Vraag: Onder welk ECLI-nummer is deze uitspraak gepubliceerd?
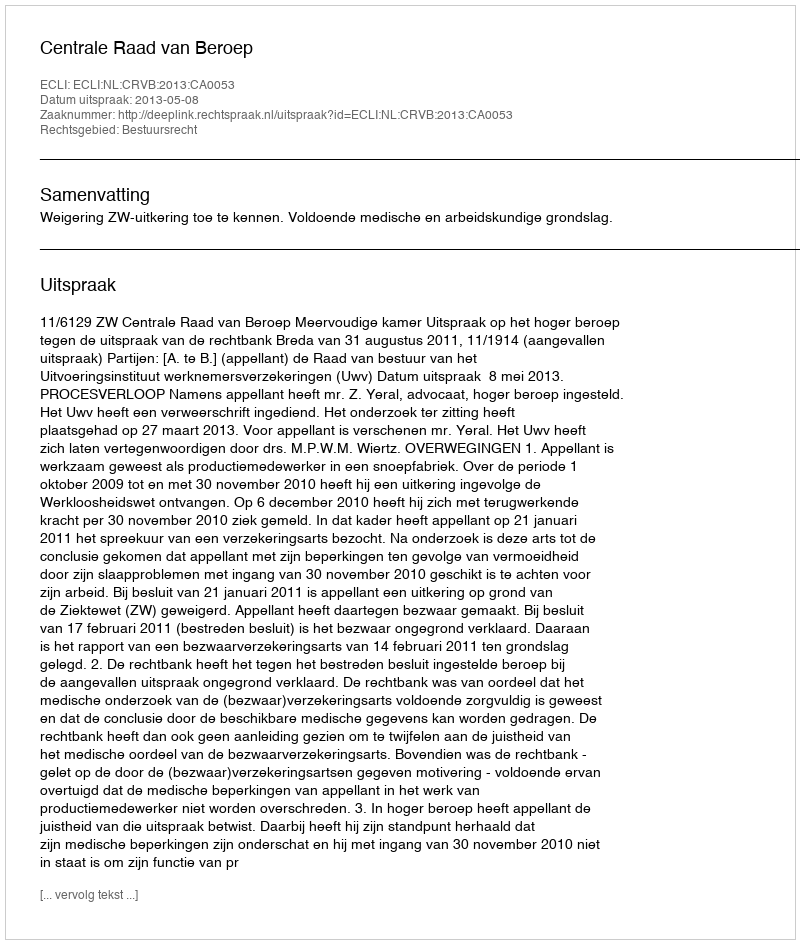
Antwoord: ECLI:NL:CRVB:2013:CA0053